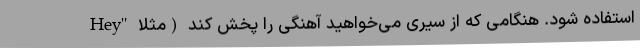
استفاده شود. هنگامی که از سیری می‌خواهید آهنگی را پخش کند (مثلا "Hey